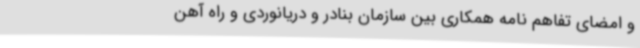
و امضای تفاهم نامه همکاری بین سازمان بنادر و دریانوردی و راه آهن